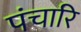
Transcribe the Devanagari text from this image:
पंचारि